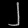
Digit: ၂